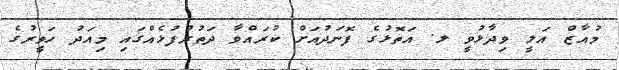
މުއާޒް އަލީ ވިދާޅުވީ ލ. އަތޮޅުގެ ފޮނަދުއަށް ކުރައްވާ ދަތުރުފުޅެއްގައި މިއަދު ހަވީރުގެ